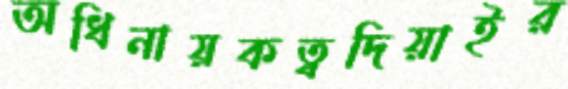
অধিনায়কত্বদিয়াইর